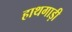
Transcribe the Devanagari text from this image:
हाथगाड़ी